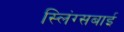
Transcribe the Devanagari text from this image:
स्लिंग्सबाई